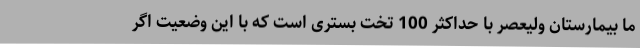
ما بیمارستان ولیعصر با حداکثر 100 تخت بستری است که با این وضعیت اگر